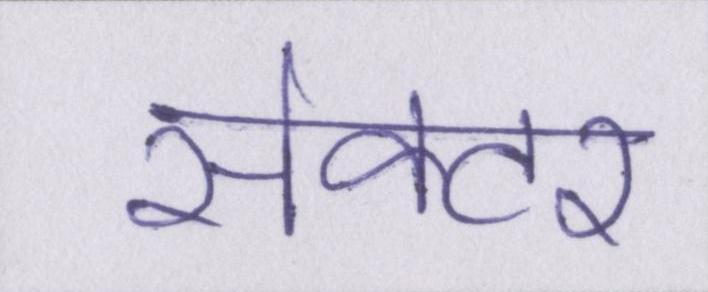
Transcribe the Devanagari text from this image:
सेक्टर